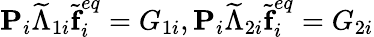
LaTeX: \textbf{P}_{i}\widetilde{\Lambda}_{1i}\widetilde{\textbf{f}}_{i}^{eq}=G_{1i},\textbf{P}_{i}\widetilde{\Lambda}_{2i}\widetilde{\textbf{f}}_{i}^{eq}=G_{2i}